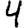
Digit: 4